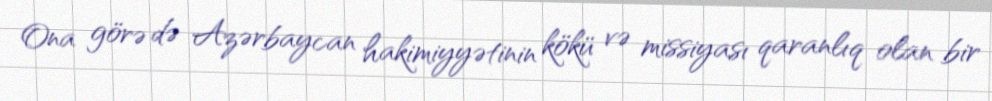
Ona görə də Azərbaycan hakimiyyətinin kökü və missiyası qaranlıq olan bir